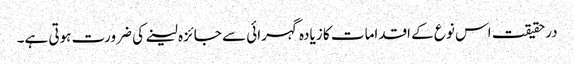
درحقیقت اس نوع کے اقدامات کا زیادہ گہرائی سے جائزہ لینے کی ضرورت ہوتی ہے۔